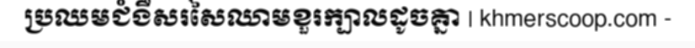
ប្រឈមជំងឺសរសៃឈាមខួរក្បាលដូចគ្នា | khmerscoop.com -